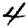
Digit: 4